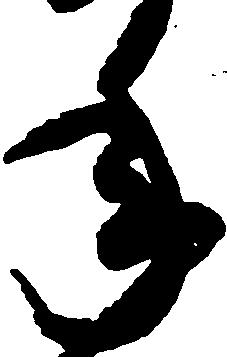
年